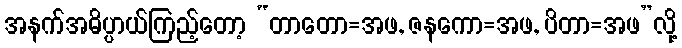
အနက်အဓိပ္ပာယ်ကြည့်တော့ “တာတော=အဖ, ဇနကော=အဖ, ပိတာ=အဖ”လို့